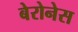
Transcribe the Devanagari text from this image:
बेरोनेस